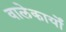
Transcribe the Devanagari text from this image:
वालेकार्यों